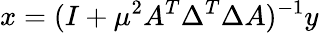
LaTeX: x=(I+\mu^{2}A^{T}\Delta^{T}\Delta A)^{-1}y